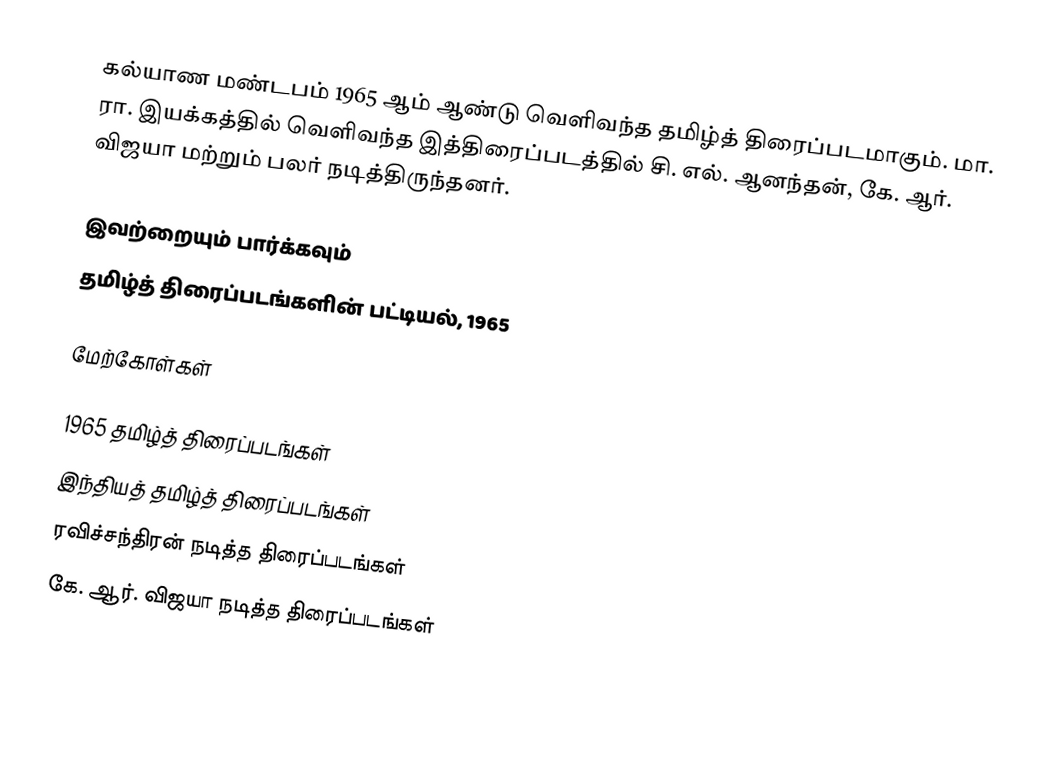
கல்யாண மண்டபம் 1965 ஆம் ஆண்டு வெளிவந்த தமிழ்த் திரைப்படமாகும். மா. ரா. இயக்கத்தில் வெளிவந்த இத்திரைப்படத்தில் சி. எல். ஆனந்தன், கே. ஆர். விஜயா மற்றும் பலர் நடித்திருந்தனர்.

இவற்றையும் பார்க்கவும்
 தமிழ்த் திரைப்படங்களின் பட்டியல், 1965

மேற்கோள்கள்

1965 தமிழ்த் திரைப்படங்கள்
இந்தியத் தமிழ்த் திரைப்படங்கள்
ரவிச்சந்திரன் நடித்த திரைப்படங்கள்
கே. ஆர். விஜயா நடித்த திரைப்படங்கள்